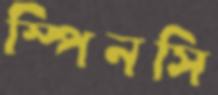
স্পিনসি